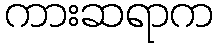
ကားဆရာက